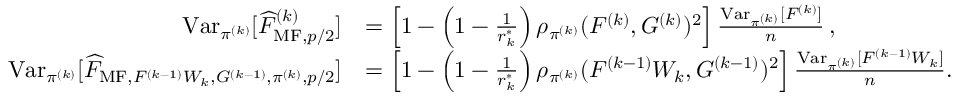
\begin{array} { r l } { \operatorname { V a r } _ { \pi ^ { ( k ) } } [ \widehat { F } _ { \mathrm { M F } , p / 2 } ^ { ( k ) } ] } & { = \left[ 1 - \left( 1 - \frac { 1 } { r _ { k } ^ { \ast } } \right) \rho _ { \pi ^ { ( k ) } } ( F ^ { ( k ) } , G ^ { ( k ) } ) ^ { 2 } \right] \frac { \operatorname { V a r } _ { \pi ^ { ( k ) } } [ F ^ { ( k ) } ] } { n } \, , } \\ { \operatorname { V a r } _ { \pi ^ { ( k ) } } [ \widehat { F } _ { \mathrm { M F } , F ^ { ( k - 1 ) } W _ { k } , G ^ { ( k - 1 ) } , \pi ^ { ( k ) } , p / 2 } ] } & { = \left[ 1 - \left( 1 - \frac { 1 } { r _ { k } ^ { \ast } } \right) \rho _ { \pi ^ { ( k ) } } ( F ^ { ( k - 1 ) } W _ { k } , G ^ { ( k - 1 ) } ) ^ { 2 } \right] \frac { \operatorname { V a r } _ { \pi ^ { ( k ) } } [ F ^ { ( k - 1 ) } W _ { k } ] } { n } . } \end{array}